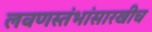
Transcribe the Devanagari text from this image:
लवणस्तंभांसारखीच